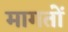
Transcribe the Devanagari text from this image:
मागतों